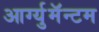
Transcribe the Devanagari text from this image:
आर्ग्युमॅन्टम